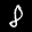
Label: 8